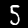
Label: 5